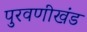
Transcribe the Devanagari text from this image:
पुरवणीखंड